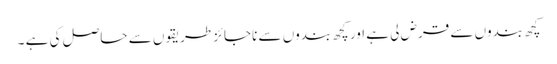
کچھ بندوں سے قرض لی ہے اور کچھ بندوں سے ناجائز طریقوں سے حاصل کی ہے ۔